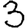
Digit: 3